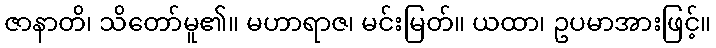
ဇာနာတိ၊ သိတော်မူ၏။ မဟာရာဇ၊ မင်းမြတ်။ ယထာ၊ ဥပမာအားဖြင့်။